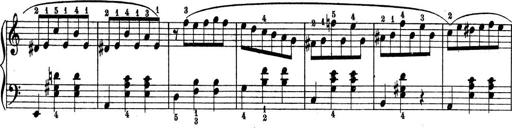
Title: 9 Sonatinen
Composer: Alexander Winterberger